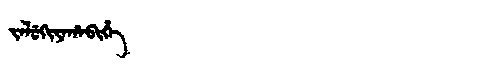
Manchu: ᠵᠠᠯᡠᡴᡳᠶᠠᡥᠠᠪᡳᡥᡝ
Romanization: JALUKIYAHABIHE